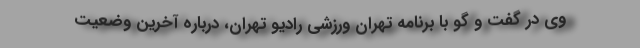
وی در گفت و گو با برنامه تهران ورزشی رادیو تهران، درباره آخرین وضعیت